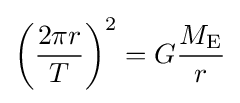
\left({\frac {2\pi r}{T}}\right)^{2}=G{\frac {M_{\text{E}}}{r}}